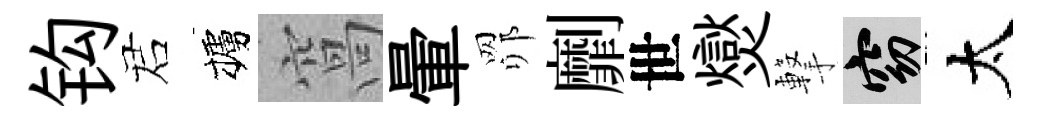
钩诺櫨窩暈𦊑劘世爕撃窈太